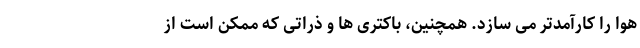
هوا را کارآمدتر می سازد. همچنین، باکتری ها و ذراتی که ممکن است از